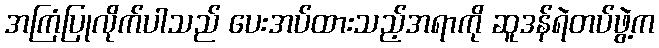
အကြံပြုလိုက်ပါသည် ပေးအပ်ထားသည့်အရာကို ဆူဒန်ရဲတပ်ဖွဲ့က